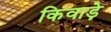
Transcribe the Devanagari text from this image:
किवाड़े